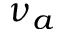
\nu _ { a }